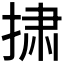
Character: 𪮋